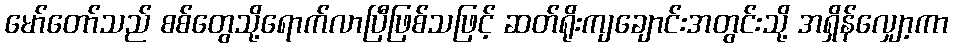
မော်တော်သည် စစ်တွေသို့ရောက်လာပြီဖြစ်သဖြင့် ဆတ်ရိုးကျချောင်းအတွင်းသို့ အရှိန်လျှော့ကာ